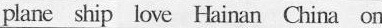
plane ship love Hainan China on